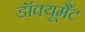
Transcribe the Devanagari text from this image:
डॉक्यूमैंट